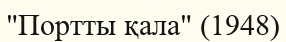
"Портты қала" (1948)